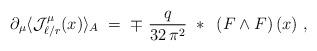
LaTeX: \begin{align*}\partial_\mu \langle {\mathcal J}_{\ell/r}^\mu (x)\rangle_A \;=\; \mp\ \frac{q}{32\,\pi^2}~*~\left( F \wedge F\right) (x)~,\end{align*}